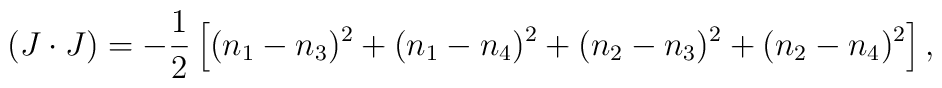
(J\cdot J)=-\frac{1}{2}\left[        (n_1-n_3)^2+(n_1-n_4)^2+(n_2-n_3)^2+(n_2-n_4)^2\right],